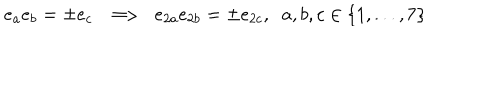
LaTeX: e _ { a } e _ { b } = \pm e _ { c } \; \; \Longrightarrow \; \; e _ { 2 a } e _ { 2 b } = \pm e _ { 2 c } , \; \; a , b , c \in \{ 1 , . . . , 7 \}